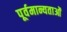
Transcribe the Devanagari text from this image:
पूर्वमान्यताओं